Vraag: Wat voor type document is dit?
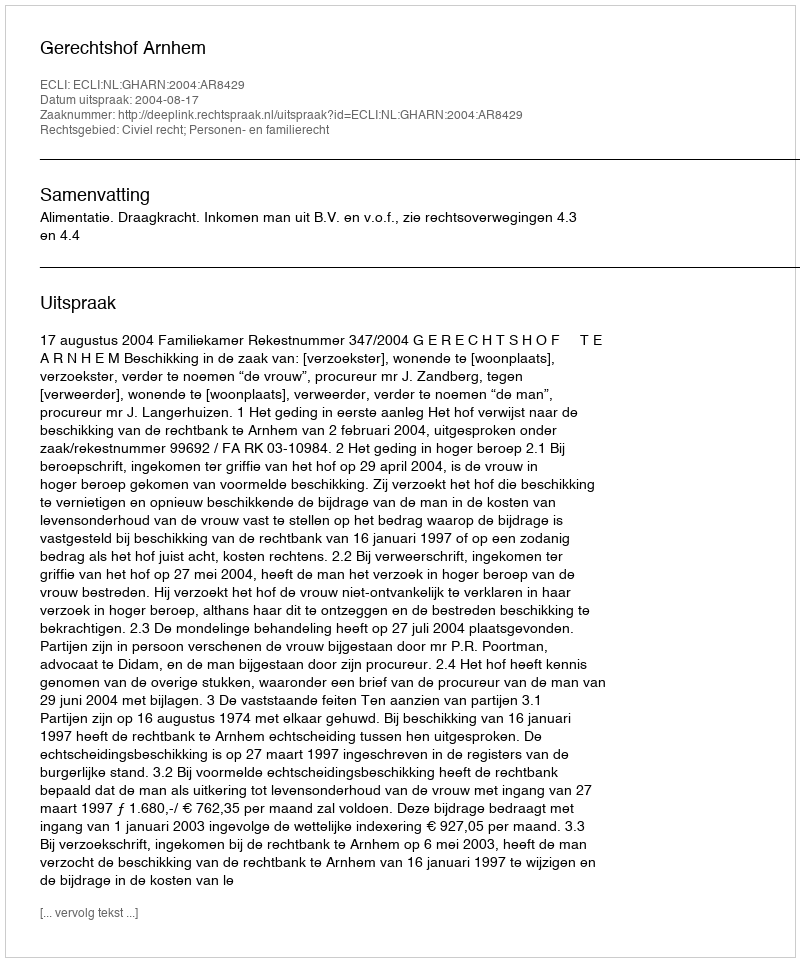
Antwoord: Uitspraak